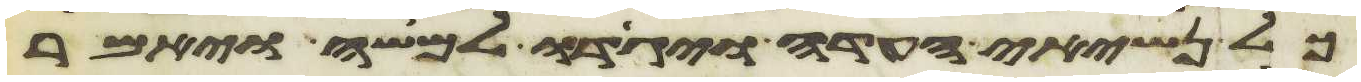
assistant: כל נשיאי העדה ויגדו למשה ויאמר